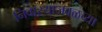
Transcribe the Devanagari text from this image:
निवाऱ्याजवळच्या